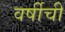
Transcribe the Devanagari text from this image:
वर्षीची